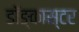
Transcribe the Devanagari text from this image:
डॉङ्कास्टर